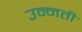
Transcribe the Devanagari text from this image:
उन्‍नती